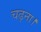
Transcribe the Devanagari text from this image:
चढ़ना।